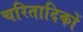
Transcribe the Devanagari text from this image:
चरितादिकों